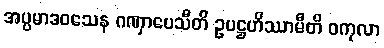
အပ္ပမာဒဝသေန ဂဏှာပေသီတိ ဥပဋ္ဌဟိဿာမီတိ ဝကုလာ